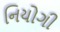
નિયોગી